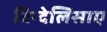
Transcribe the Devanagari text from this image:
विन्देलिसाए